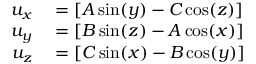
\begin{array} { r l } { u _ { x } } & { { } = [ A \sin ( y ) - C \cos ( z ) ] } \\ { u _ { y } } & { { } = [ B \sin ( z ) - A \cos ( x ) ] } \\ { u _ { z } } & { { } = [ C \sin ( x ) - B \cos ( y ) ] } \end{array}